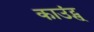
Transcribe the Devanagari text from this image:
काउंट्स्